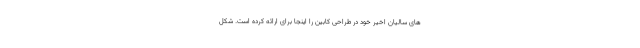
های سالیان اخیر خود در طراحی کابین را اینجا برای ارائه کرده است. شکل